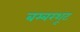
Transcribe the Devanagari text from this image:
बम्बरशूट